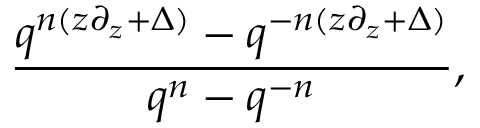
{ \frac { q ^ { n ( z \partial _ { z } + \Delta ) } - q ^ { - n ( z \partial _ { z } + \Delta ) } } { q ^ { n } - q ^ { - n } } } ,